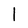
Character: l